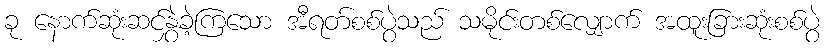
ခု နောက်ဆုံးဆင်နွှဲခဲ့ကြသော အီရတ်စစ်ပွဲသည် သမိုင်းတစ်လျှောက် အထူးခြားဆုံးစစ်ပွဲ